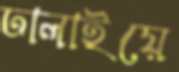
ঢালাইয়ে